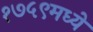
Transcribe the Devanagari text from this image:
१७५९मध्ये